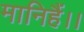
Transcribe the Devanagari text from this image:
मानिहैं।।